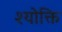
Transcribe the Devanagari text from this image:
श्योक्ति